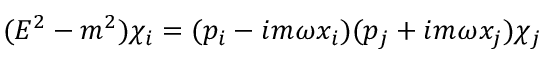
( E ^ { 2 } - m ^ { 2 } ) \chi _ { i } = ( p _ { i } - i m \omega x _ { i } ) ( p _ { j } + i m \omega x _ { j } ) \chi _ { j }